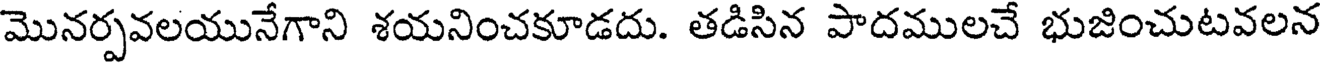
మొనర్పవలయునేగాని శయనించకూడదు. తడిసిన పాదములచే భుజించుటవలన